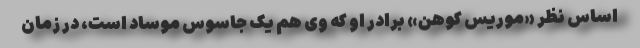
اساس نظر «موریس کوهن» برادر او که وی هم یک جاسوس موساد است، در زمان